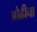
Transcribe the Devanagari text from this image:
ओढीचा